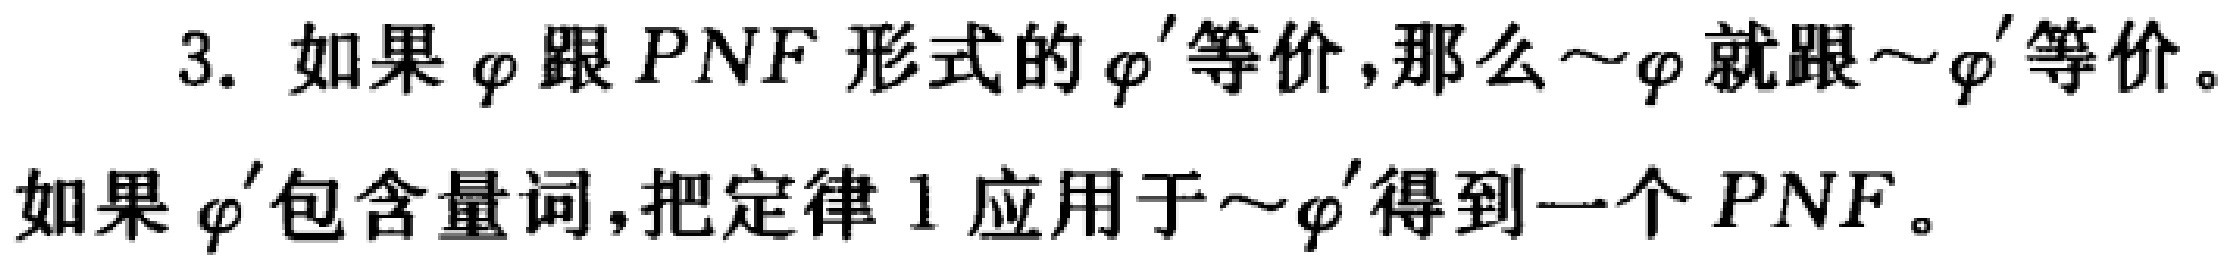
3. 如果 $\varphi$ 跟 $PNF$ 形式的 $\varphi'$ 等价，那么 $\sim\varphi$ 就跟 $\sim\varphi'$ 等价。
如果 $\varphi'$ 包含量词，把定律 1 应用于 $\sim\varphi'$ 得到一个 $PNF$。